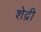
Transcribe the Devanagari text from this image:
शेद्री